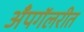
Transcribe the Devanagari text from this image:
अँपगॅलरीत